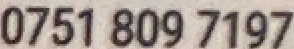
0751 809 7197